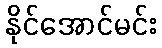
နိုင်အောင်မင်း